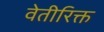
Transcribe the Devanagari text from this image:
वेतीरिक्त